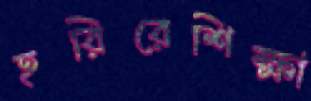
হরিরেশিক্ষা